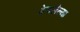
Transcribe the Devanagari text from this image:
ठेचलेल्या